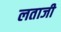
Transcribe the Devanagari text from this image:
लताजी